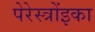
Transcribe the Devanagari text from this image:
पेरेस्त्रोंइका